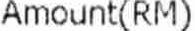
AMOUNT(RM)